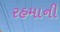
રહમાની